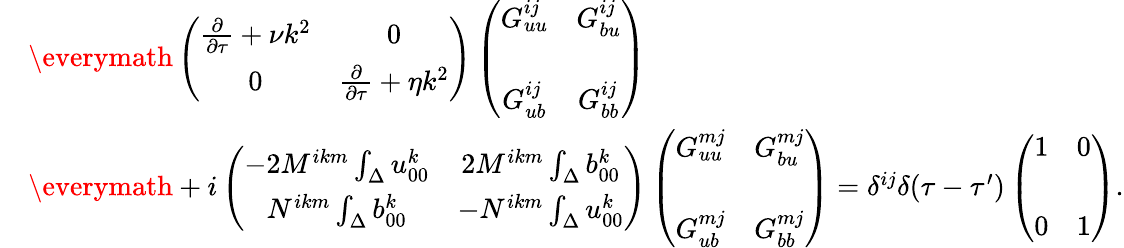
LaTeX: \begin{array}{rl}&{{\everymath{\displaystyle}\left({\begin{array}{cc}{\frac{\partial}{\partial\tau}+\nu k^{2}}&{0}\\ {0}&{\frac{\partial}{\partial\tau}+\eta k^{2}}\end{array}}\right)}\left({\begin{array}{cc}{G_{uu}^{ij}}&{G_{bu}^{ij}}\\ {G_{ub}^{ij}}&{G_{bb}^{ij}\rule{0ex}{5ex}}\end{array}}\right)}\\ &{{\everymath{\displaystyle}+i\left({\begin{array}{cc}{-2M^{ikm}\int_{\Delta}u_{00}^{k}}&{2M^{ikm}\int_{\Delta}b_{00}^{k}}\\ {N^{ikm}\int_{\Delta}b_{00}^{k}}&{-N^{ikm}\int_{\Delta}u_{00}^{k}}\end{array}}\right)\left({\begin{array}{cc}{G_{uu}^{mj}}&{G_{bu}^{mj}}\\ {G_{ub}^{mj}}&{G_{bb}^{mj}\rule{0ex}{5ex}}\end{array}}\right)}=\delta^{ij}\delta(\tau-\tau^{\prime})\left({\begin{array}{cc}{1}&{0}\\ {0}&{1\rule{0ex}{5ex}}\end{array}}\right).}\end{array}